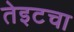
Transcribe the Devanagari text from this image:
तेइटचा